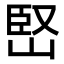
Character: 𡹩